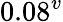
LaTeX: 0.08^{v}